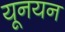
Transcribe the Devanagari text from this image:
यूनयन